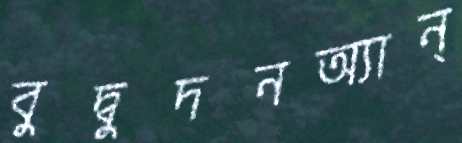
বুদ্বুদনঅ্যান্